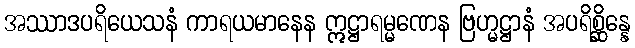
အဿာဒပရိယေသနံ ကာရယမာနေန ဣဋ္ဌာရမ္မဏေန ဗြဟ္မဋ္ဌာနံ အပရိစ္ဆိန္နေ